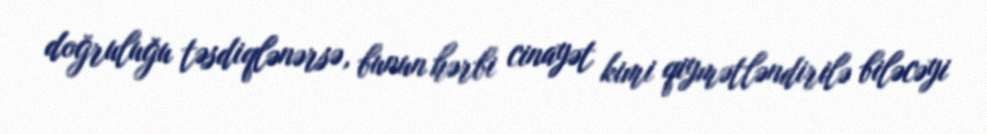
doğruluğu təsdiqlənərsə, bunun hərbi cinayət kimi qiymətləndirilə biləcəyi